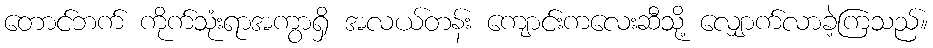
တောင်ဘက် ကိုက်သုံးရာအကွာရှိ အလယ်တန်း ကျောင်းကလေးဆီသို့ လျှောက်လာခဲ့ကြသည်။